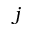
j